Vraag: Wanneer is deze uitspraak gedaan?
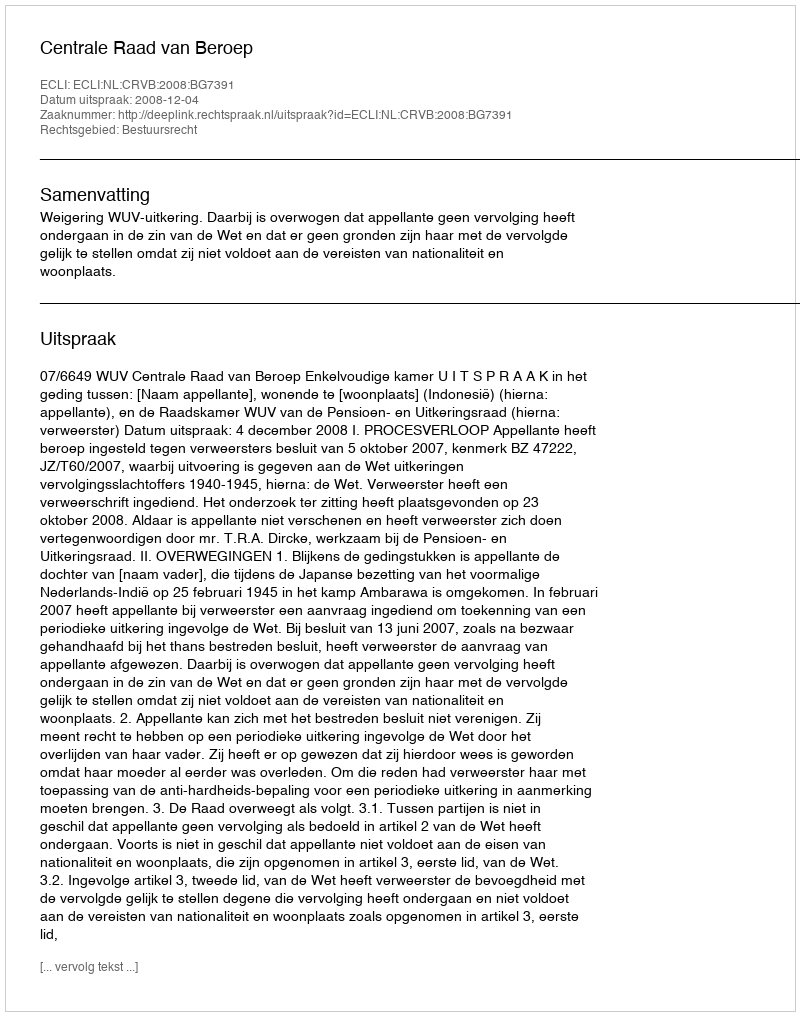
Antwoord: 2008-12-04